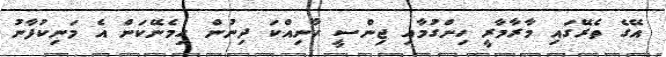
އޭގެ ތެރޭގައި މާރާމާރީ ހިންގުމާއި ޖިންސީ ހާނިއްކަ ދިނުން ހިމެނޭކަން އެ މަނިކުފާނު